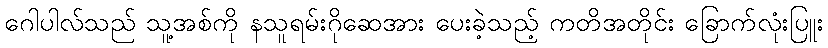
ဂေါပါလ်သည် သူ့အစ်ကို နသူရမ်းဂိုဆေအား ပေးခဲ့သည့် ကတိအတိုင်း ခြောက်လုံးပြူး